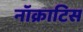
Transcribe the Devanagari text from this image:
नॉक्राटिस